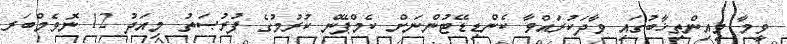
ވީމާ މިއިންތިޚާބުގައި ވާދަކުރައްވާ ކެންޑިޑޭޓުންނަށް ކެމްޕޭން ކުރުމުގެ ފުރުޞަތު މިއަދު 12 ނޮވެމްބަރ